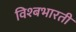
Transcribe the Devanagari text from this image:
विश्बभारती